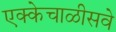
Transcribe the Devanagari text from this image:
एक्केचाळीसवे